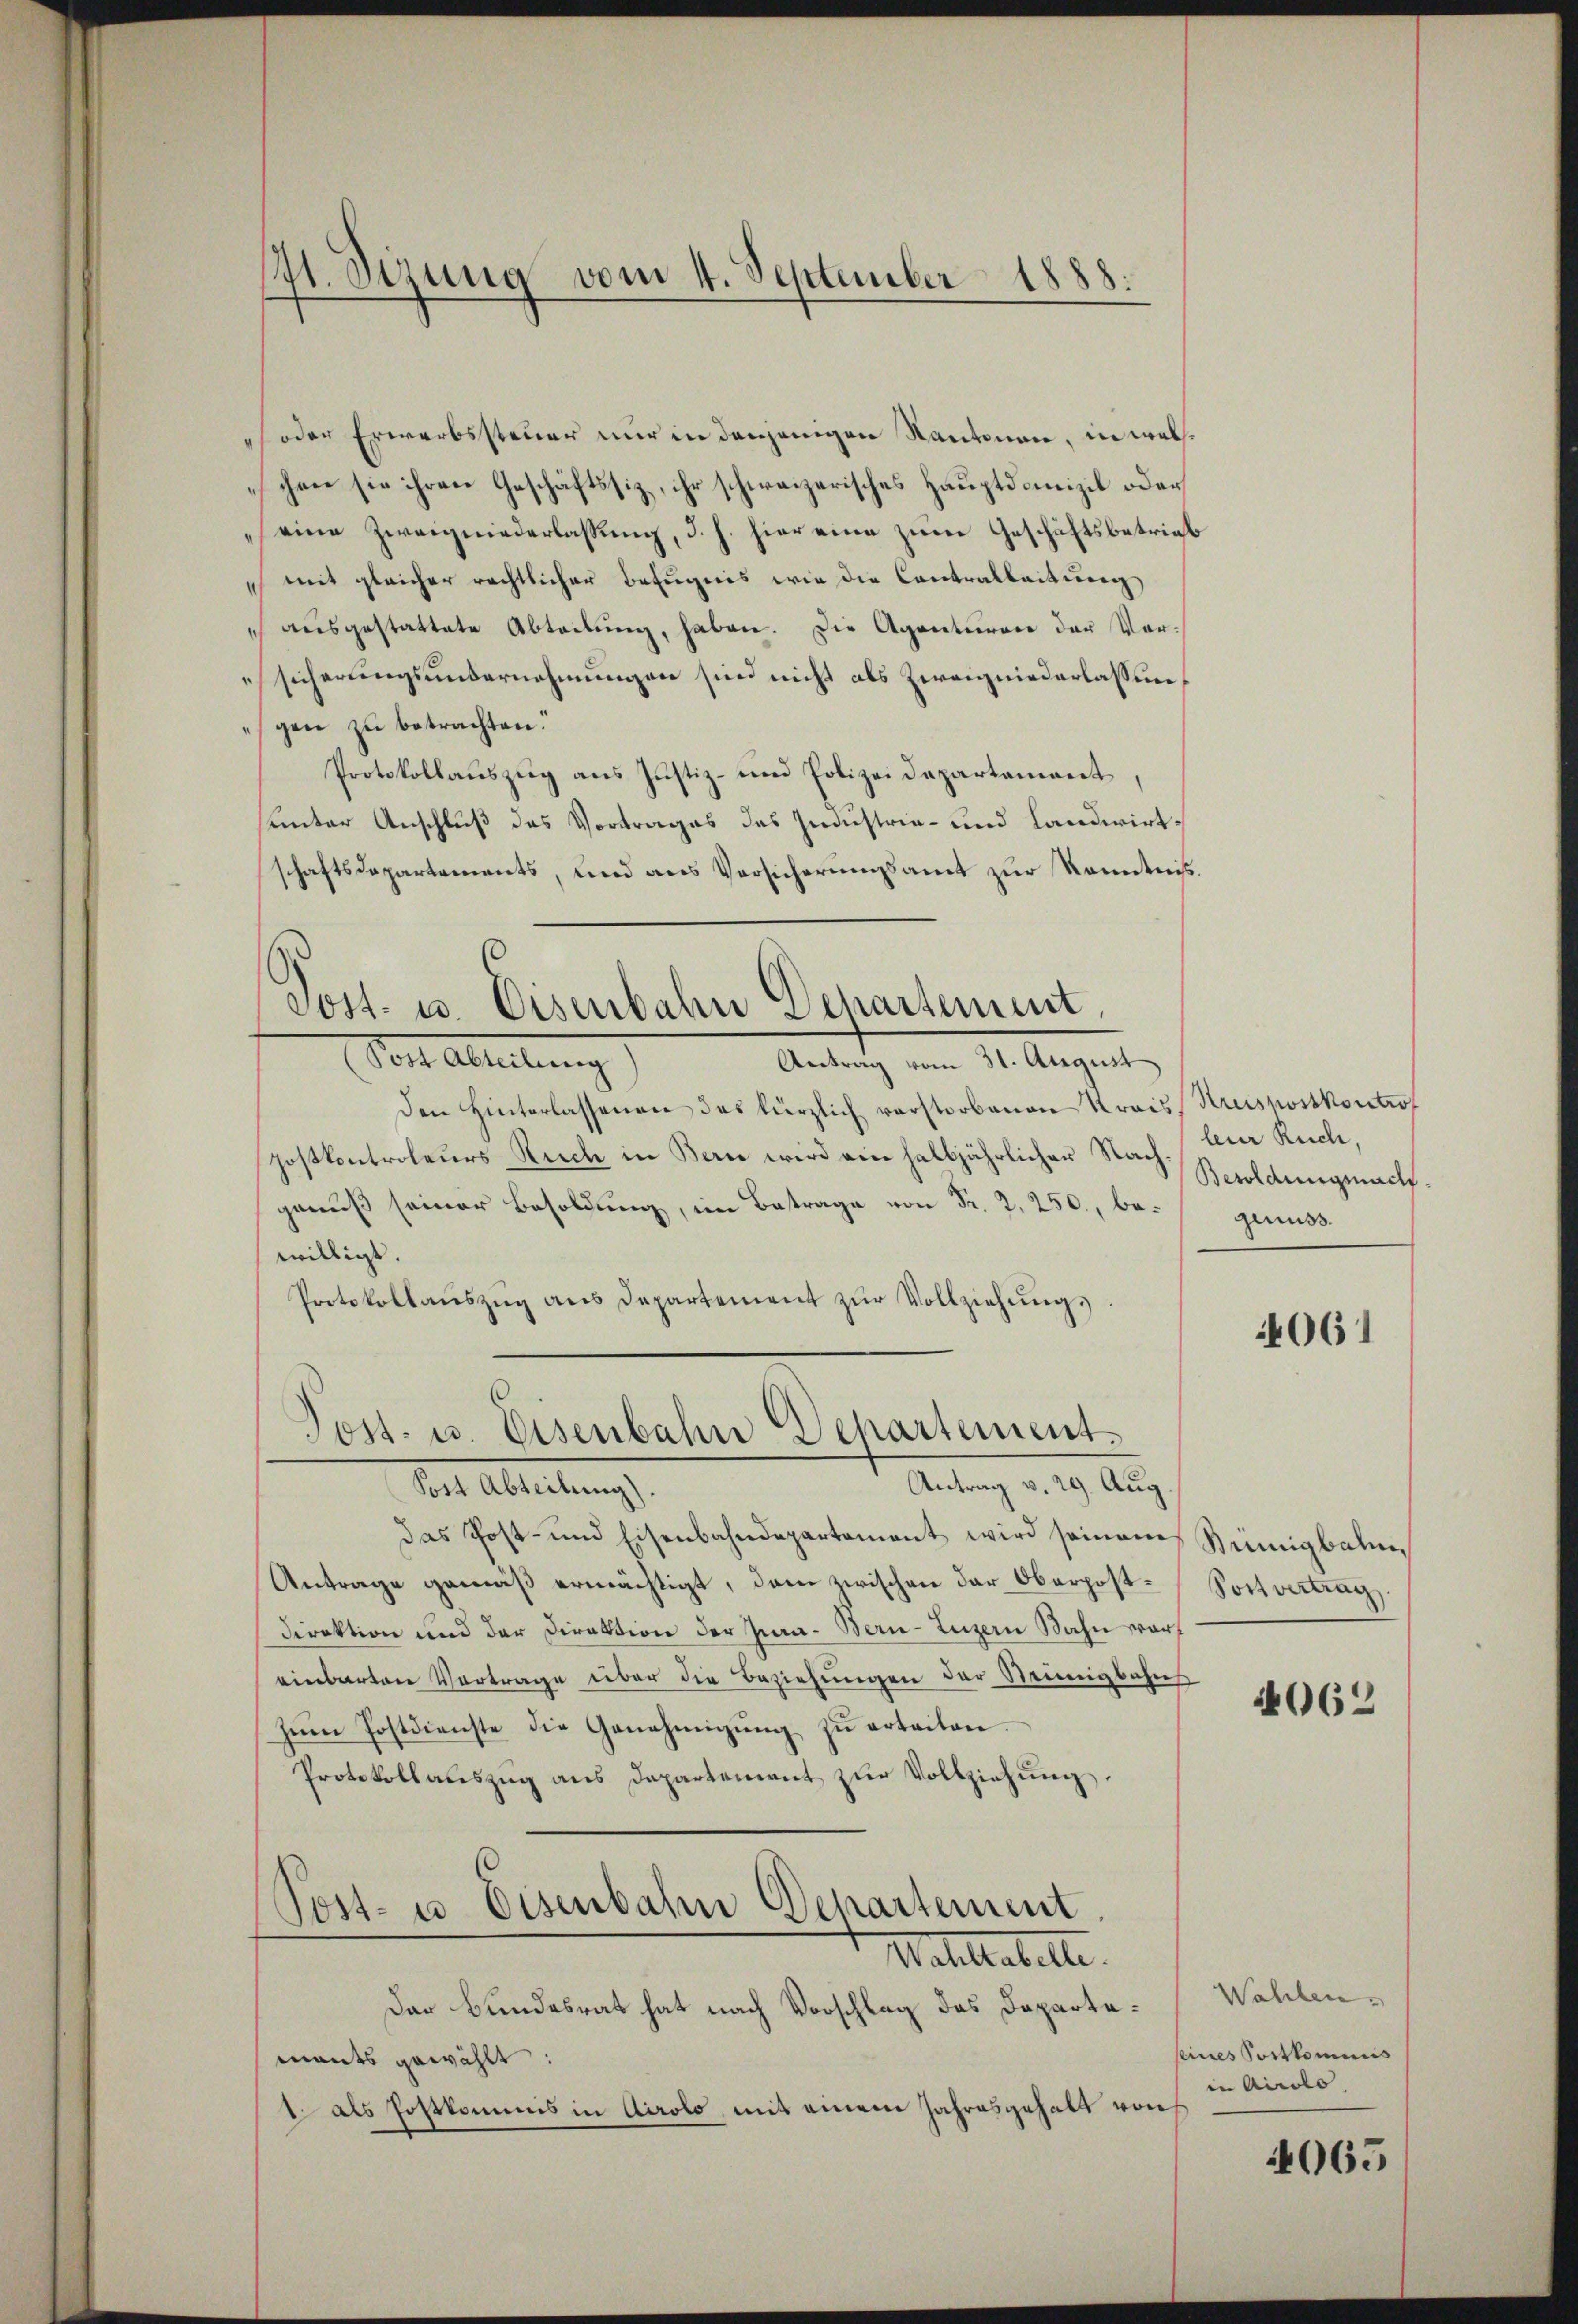
4t. Sizung vom 4. September 1888.

foder Erwerbssteuer nur in denjenigen Kantonen, in welschen sie ihren Geschäftssiz, ihr schweizerisches Hauptdanizil oder
(eine Zweigniederlassung, d. h. hier eine zum Geschäftsbetrieb
mit gleicher rechtlicher Befugnis wie die Contralleitung
 aŭsgestattete Abteilung, haben. Die Agenturen der Versicherungsunternehmungen sind nicht als Zweigniederlassungen zu betrachten.
Protokollauszug aus Justiz- und Polizei Departement
unter Anschluß des Vortrages des Industrie- und Landwirtschaftsdepartements, und aus Versicherungsamt zur Kenntnis.
Post- u. Eisenbahn Departement,
Nei Abreitung
Antrag vom 31. August
Den Hinterlassenen das kürzlich verstorbenen Kreiss Kruspostkontrof
postkontroleurs Ruch in Bern wird ein halbjährlicher Nachgenŭβ seiner Besoldŭng genuss.
willigt.
Protokollaŭszŭg ans Departement zŭr Vollziehŭngs.

Post- u. Eisenbahn Departement.

Post- u. Eisenbahn Departement
Galiltabelle.

Der Bundesrat hat nach Vorschlag das Dapartemants gewählt:
1 als Postkommis in Airolo, mit einem Jahresgehalt von

leur Ruche,
Besoldungsnach.

Antrag v. 29. Aug.
der Ableitung
das Post- und Eisenbahndepartement wird seinem Sinnigbahn¬
Antrage gemäß ermächtigt, dem zwischen der Oberpost-Soitvertrag
Direktion und der Direktion der Jura - Bern-Luzern Bahn voreinbarten Vertrage über die Beziehungen der Neunigbahns
zŭm Postdienste die Genehmigŭng zŭ erteilen.
Protokollauszug aus Departement zur Vollziehung.

061

4062

Wahlen.
seines Portkommis
in Airolo.

4065